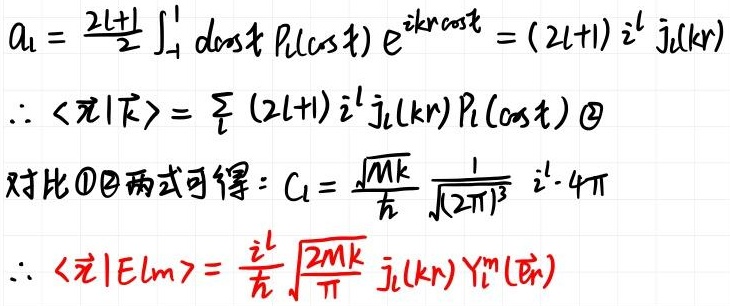
\[
\begin{align*}
a_{l}&=\frac{2l + 1}{2}\int_{-1}^{1}d\cos tP_{l}(\cos t)e^{ikr\cos t}=(2l + 1)i^{l}j_{l}(kr)\\
\therefore\langle\vec{r}|\vec{k}\rangle&=\sum_{l}(2l + 1)i^{l}j_{l}(kr)P_{l}(\cos t)\textcircled{2}\\
\text{对比}\textcircled{1}\textcircled{2}\text{两式可得}:C_{l}&=\frac{\sqrt{Mk}}{\hbar}\frac{1}{\sqrt{(2\pi)^{3}}}i^{l}\cdot4\pi\\
\therefore\langle\vec{r}|Elm\rangle&=\frac{i^{l}}{\hbar}\sqrt{\frac{2Mk}{\pi}}j_{l}(kr)Y_{l}^{m}(\hat{r})
\end{align*}
\]